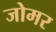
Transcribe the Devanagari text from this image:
जोमर